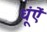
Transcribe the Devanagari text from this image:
धूंऐं